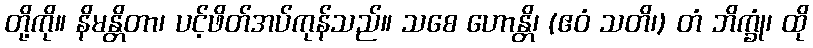
တို့ကို။ နိမန္တိတာ၊ ပင့်ဖိတ်အပ်ကုန်သည်။ သစေ ဟောန္တိ၊ (ဧဝံ သတိ၊) တံ ဘိက္ခုံ၊ ထို